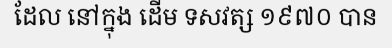
ដែល នៅក្នុង ដើម ទសវត្ស ១៩៧០ បាន